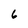
Character: 6